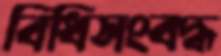
বিধিসংবদ্ধ